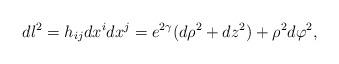
LaTeX: \begin{align*}dl^2 = h_{ij}dx^idx^j = e^{2\gamma }(d\rho^2+dz^2)+\rho^2d\varphi^2,\end{align*}